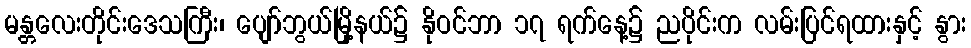
မန္တလေးတိုင်းဒေသကြီး၊ ပျော်ဘွယ်မြို့နယ်၌ နိုဝင်ဘာ ၁၇ ရက်နေ့၌ ညပိုင်းက လမ်းပြင်ရထားနှင့် နွား